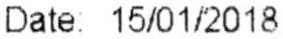
DATE: 15/01/2018